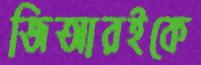
জিআরইকে